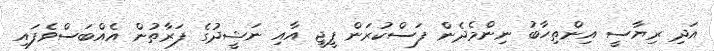
އަދި ރިޔާސީ އިންތިހާބު ނިންމެދެން ފަސްކުރަން ޕީޖީ އާއި ނަޝީދުގެ ފަރާތުން އެއްބަސްވެފައި